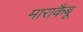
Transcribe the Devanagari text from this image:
माराकैबू